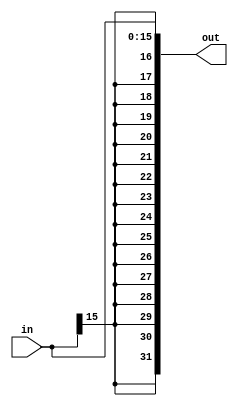
`timescale 1ns / 1ps

module signExtension(
    input [15:0] in,
    output [31:0] out
);
	assign out = {{16{in[15]}},in[15:0]};
endmodule